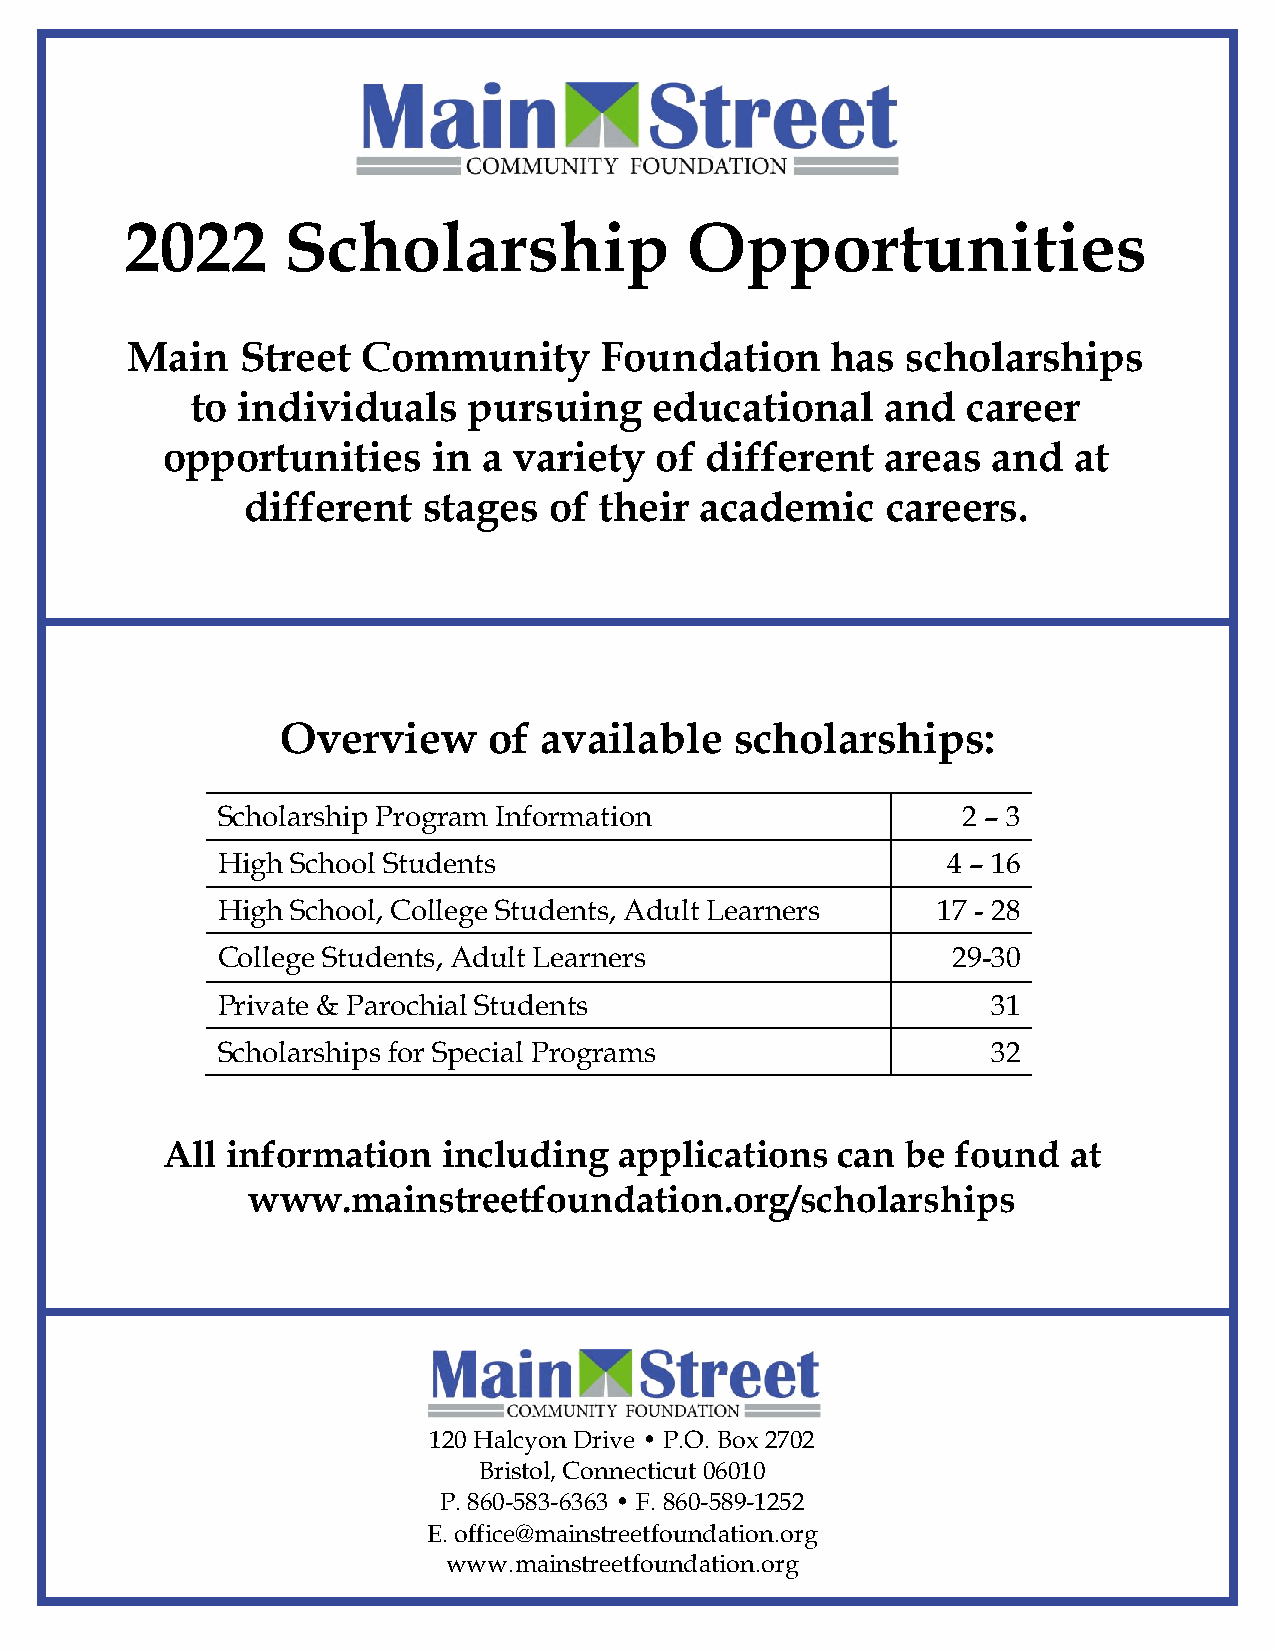
2022       Scholarship               Opportunities
 t
 Main    Street  Community       Foundation     has  scholarships
 to individuals    pursuing    educational     and  career
 opportunities     in a variety  of  different   areas  and  at
 different   stages  of  their academic     careers.
 Overview     of  available    scholarships:
 Scholarship Program Information                   2 – 3
 High School Students                             4 – 16
 High School, College Students, Adult Learners   17 - 28
 College Students, Adult Learners                 29-30
 Private & Parochial Students                        31
 Scholarships for Special Programs                   32
 All information   including   applications  can  be found   at
 www.mainstreetfoundation.org/scholarships
 120 Halcyon Drive • P.O. Box 2702
 Bristol, Connecticut 06010
 P. 860-583-6363 • F. 860-589-1252
 E. office@mainstreetfoundation.org
 www.mainstreetfoundation.org